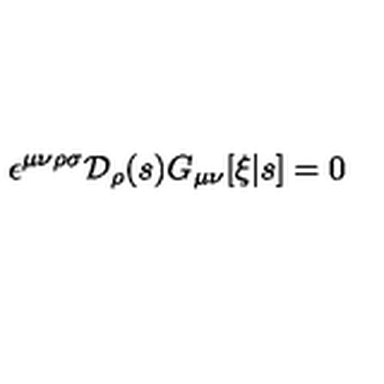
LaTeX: \epsilon ^ { \mu \nu \rho \sigma } { \cal D } _ { \rho } ( s ) G _ { \mu \nu } [ \xi | s ] = 0